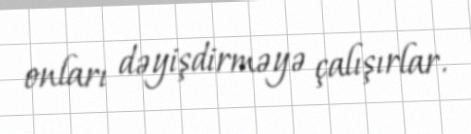
onları dəyişdirməyə çalışırlar.